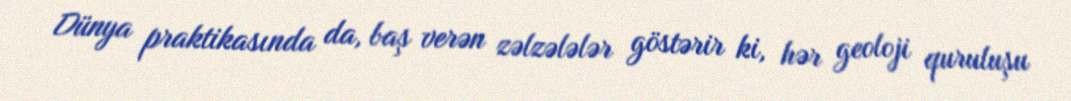
Dünya praktikasında da, baş verən zəlzələlər göstərir ki, hər geoloji quruluşu